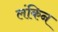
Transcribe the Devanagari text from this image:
लंकिन